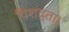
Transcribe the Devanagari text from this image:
विशदता।